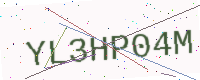
Text: YL3HP04M